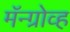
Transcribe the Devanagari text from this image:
मॅन्ग्रोव्ह